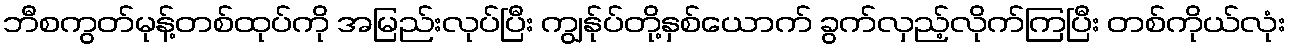
ဘီစကွတ်မုန့်တစ်ထုပ်ကို အမြည်းလုပ်ပြီး ကျွန်ုပ်တို့နှစ်ယောက် ခွက်လှည့်လိုက်ကြပြီး တစ်ကိုယ်လုံး